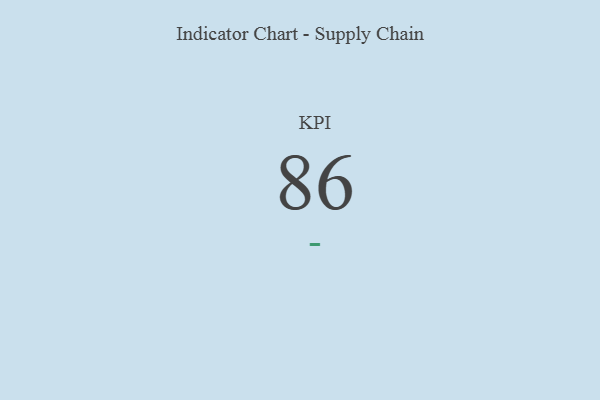
{"axis": {"x": "KPI", "y": "Value"}, "legend": [""], "data": [{"x": "KPI", "y": 86, "type": ""}]}